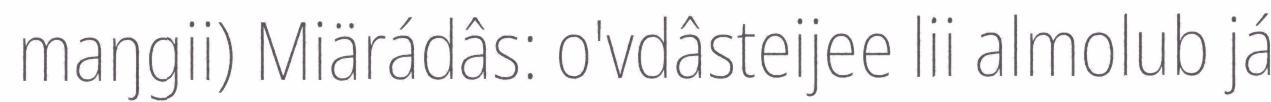
maŋgii) Miärádâs: o'vdâsteijee lii almolub já